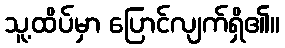
သူ့ထိပ်မှာ ပြောင်လျက်ရှိ၏။